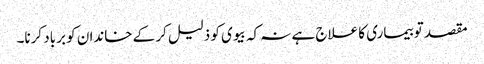
مقصد تو بیماری کا علاج ہے نہ کہ بیوی کو ذلیل کر کے خاندان کو برباد کرنا۔